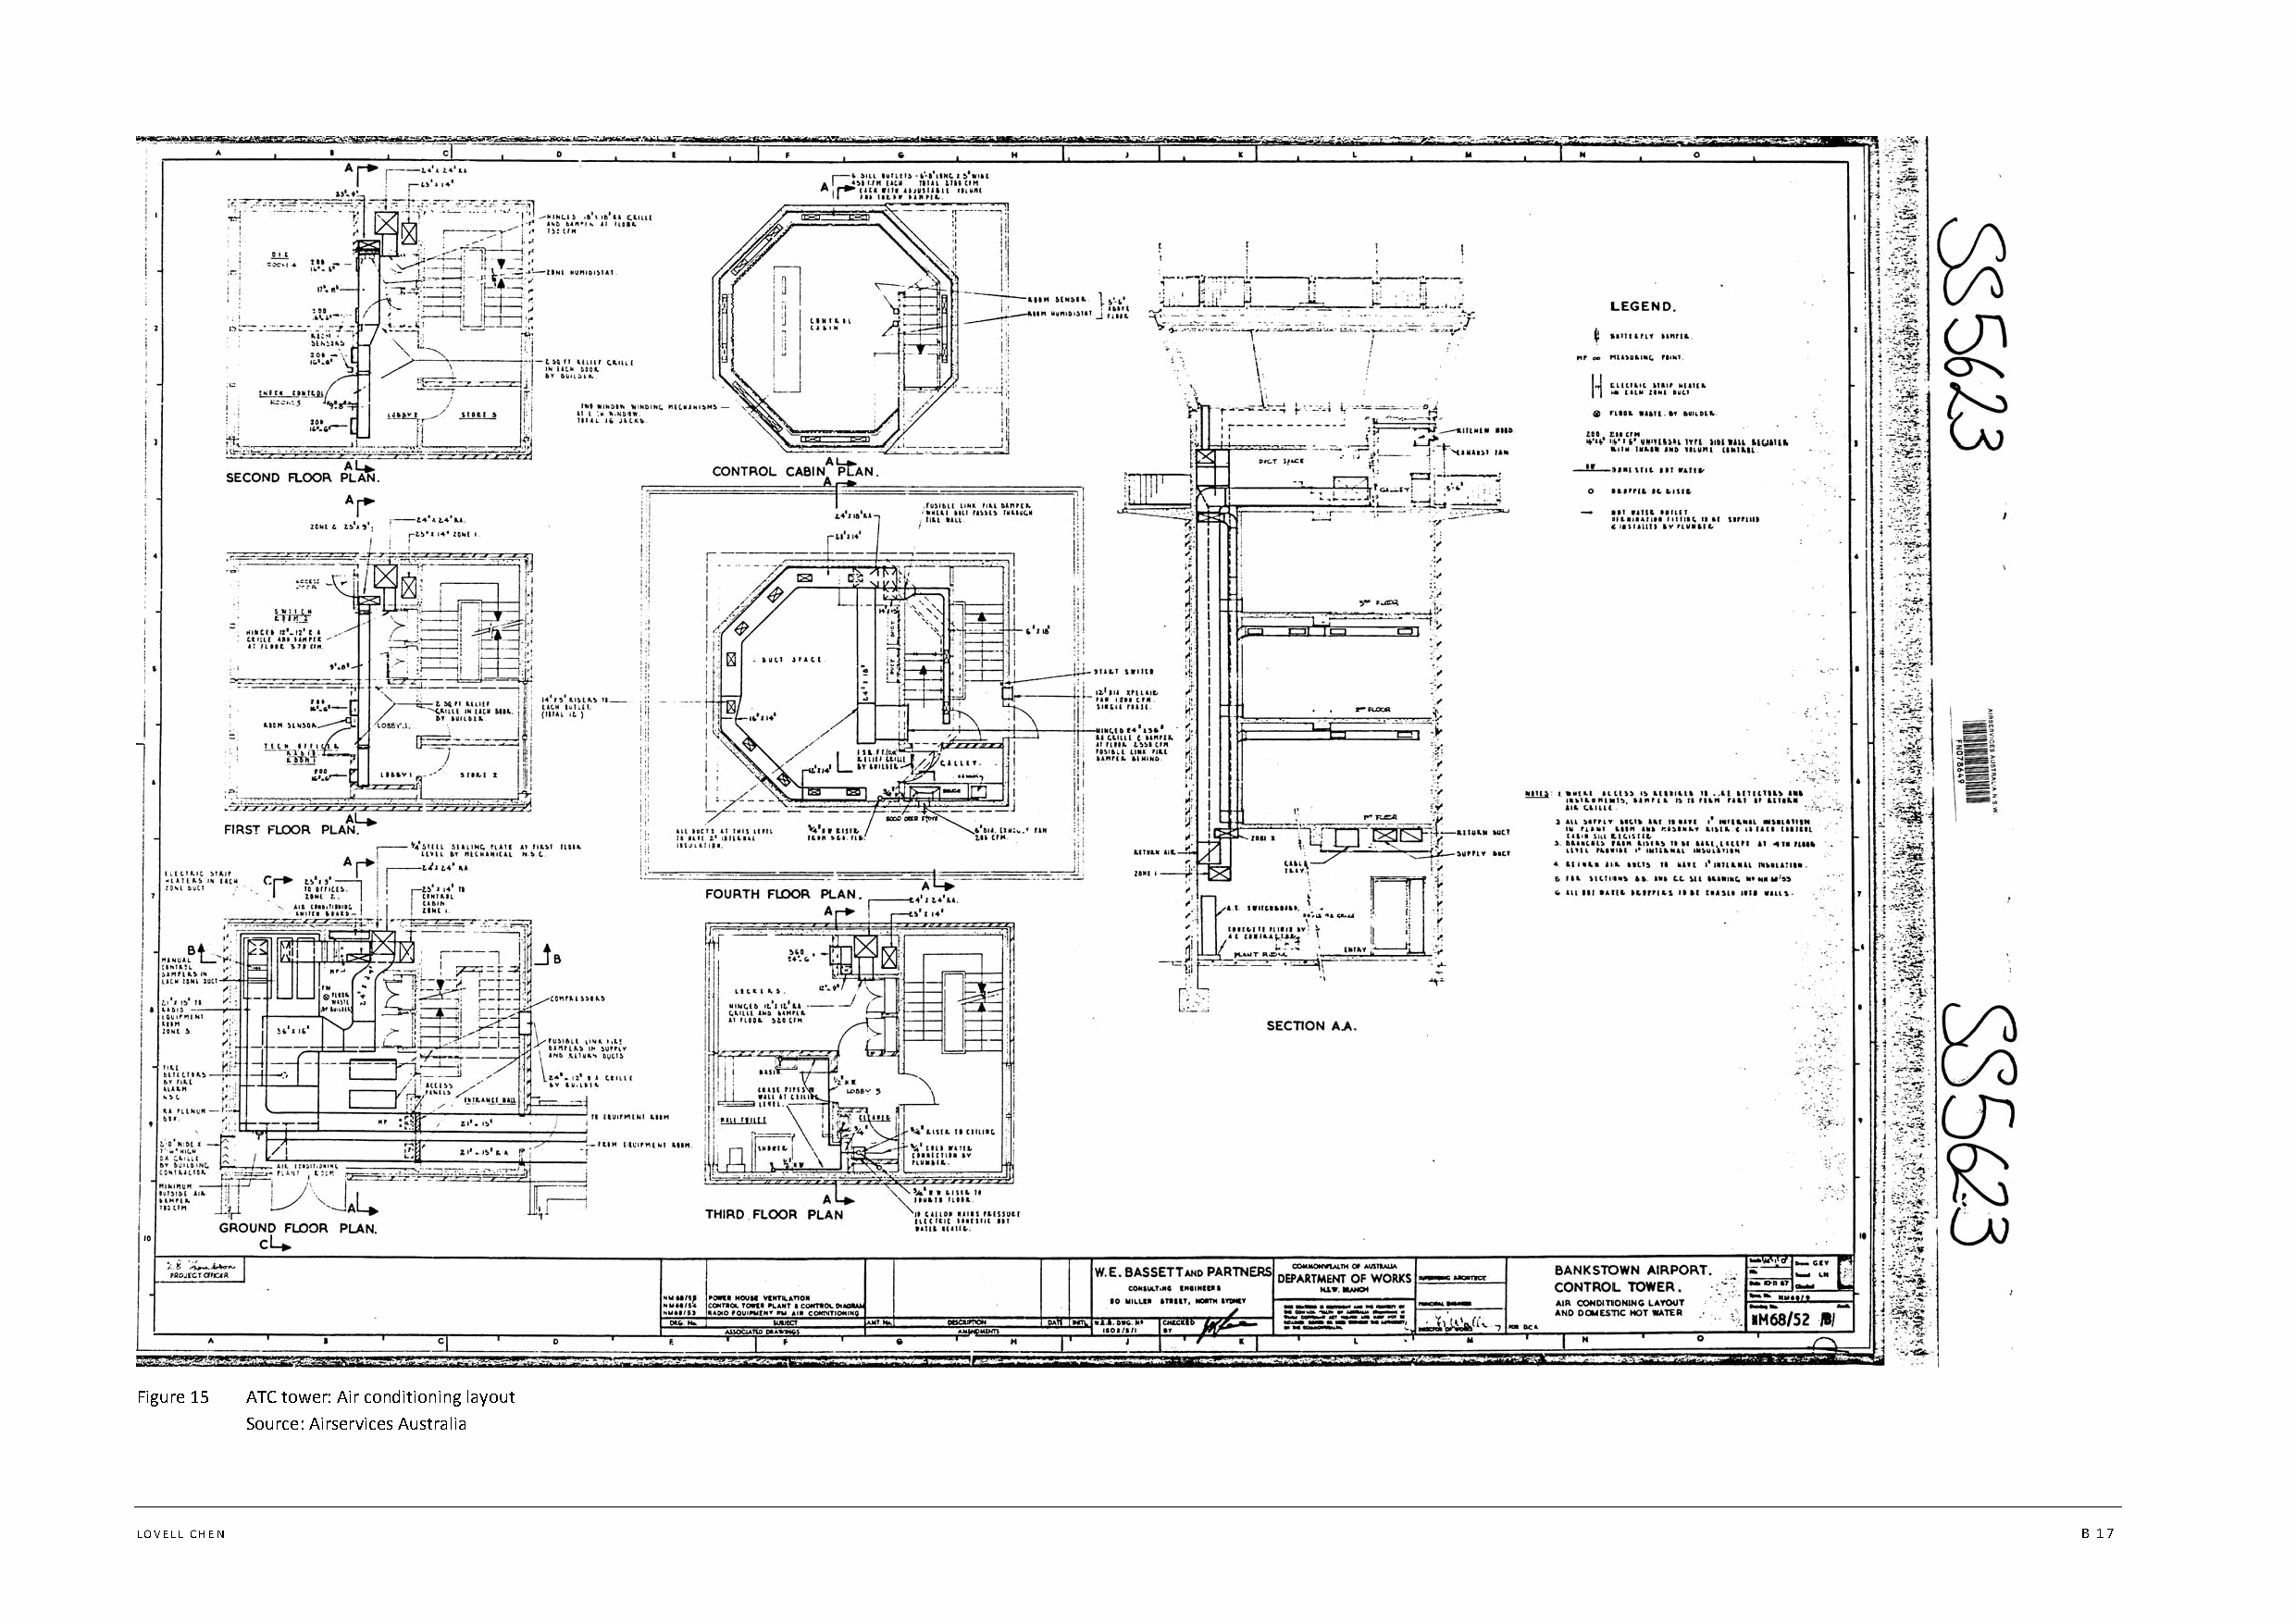
Figure 15 ATC tower: Air conditioning layout
 Source: Airservices Australia
 LOVELL CHEN                                                                                                                                B 17